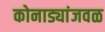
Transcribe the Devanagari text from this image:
कोनाड्यांजवळ